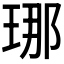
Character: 𤥶